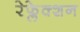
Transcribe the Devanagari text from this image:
रेफ्लेक्शन